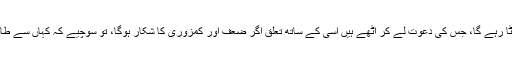
جس کا کام کررہے ہیں اسی کے ساتھ رابطہ اگر ٹوٹا رہے گا، جس کی دعوت لے کر اُٹھے ہیں اسی کے ساتھ تعلق اگر ضعف اور کمزوری کا شکار ہوگا، تو سوچیے کہ کہاں سے طاقت ملے گی، اور کہاں سے نصرت و تائید آئے گی۔